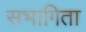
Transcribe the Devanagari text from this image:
सभागिता